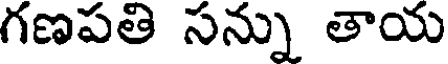
గణపతి సన్ను తాయ